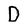
Character: D